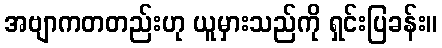
အဗျာကတတည်းဟု ယူမှားသည်ကို ရှင်းပြခန်း။